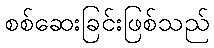
စစ်ဆေးခြင်းဖြစ်သည်